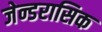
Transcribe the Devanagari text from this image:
जेन्डरासिक